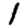
Digit: 1